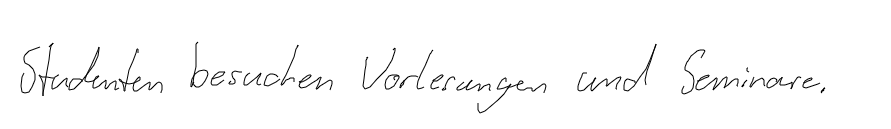
Studenten besuchen Vorlesungen und Seminare.